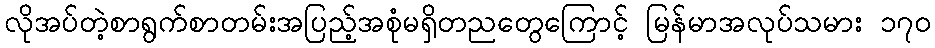
လိုအပ်တဲ့စာရွက်စာတမ်းအပြည့်အစုံမရှိတညတွေကြောင့် မြန်မာအလုပ်သမား ၁၇၀